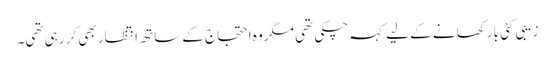
زیبی کئی بار کھانے کے لیے کہہ چکی تھی مگر وہ احتجاج کے ساتھ انتظار بھی کر رہی تھی۔